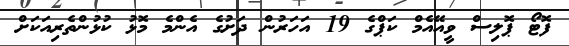
ފޮޓޯ ޕޮލިސް ވީއޭއެމް ކަޕްގެ 19 އަހަރުން ދަށުގެ އެންމެ މޮޅު ކުޅުންތެރިއަކަށް